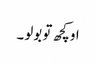
او کچھ تو بولو ۔